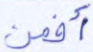
أفمن